Senior Leaving Certificate Examination (including Day School Certificate (Higher) General paper), 1946
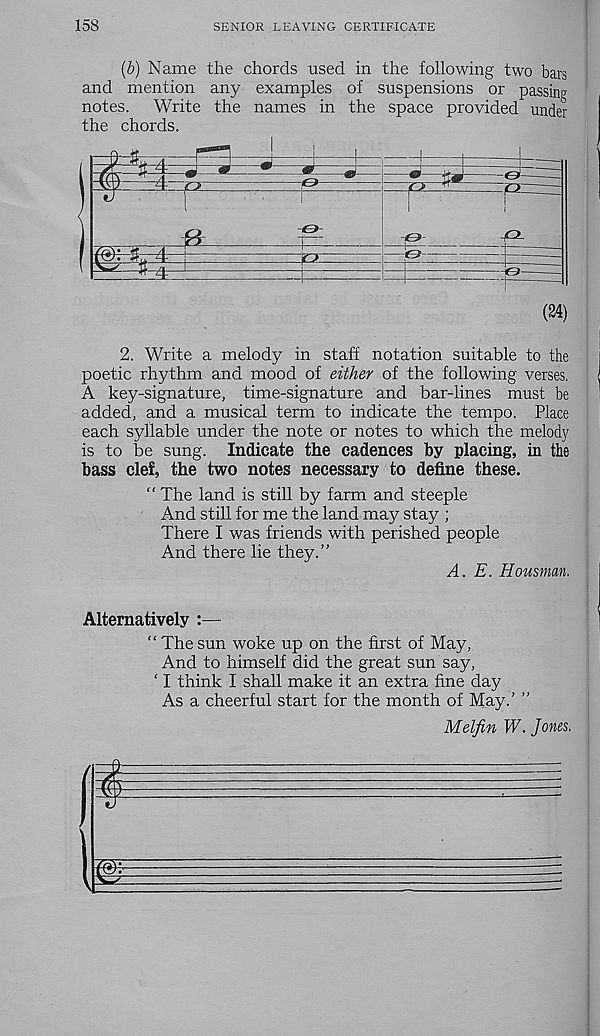
158
SENIOR LEAVING CERTIFICATE
(b) Name the chords used in the following two bars
and mention any examples of suspensions or passing
notes.
Write the names in the space provided under
the chords.
(24)
2. Write a melody in staff notation suitable to the
poetic rhythm and mood of either of the following verses.
A key-signature, time-signature and bar-lines must be
added, and a musical term to indicate the tempo. Place
each syllable under the note or notes to which the melody
is to be sung. Indicate the cadences by placing, in the
bass clef, the two notes necessary to define these.
“ The land is still by farm and steeple
And still for me the land may stay ;
There I was friends with perished people
And there lie they.”
A. E. Housman.
Alternatively :—
“ The sun woke up on the first of May,
And to himself did the great sun say,
‘ I think I shall make it an extra fine day
As a cheerful start for the month of May.’ ”
Melfin W. Jones.